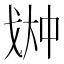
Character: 𫻳